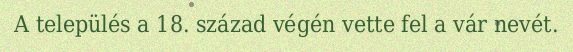
A település a 18. század végén vette fel a vár nevét.